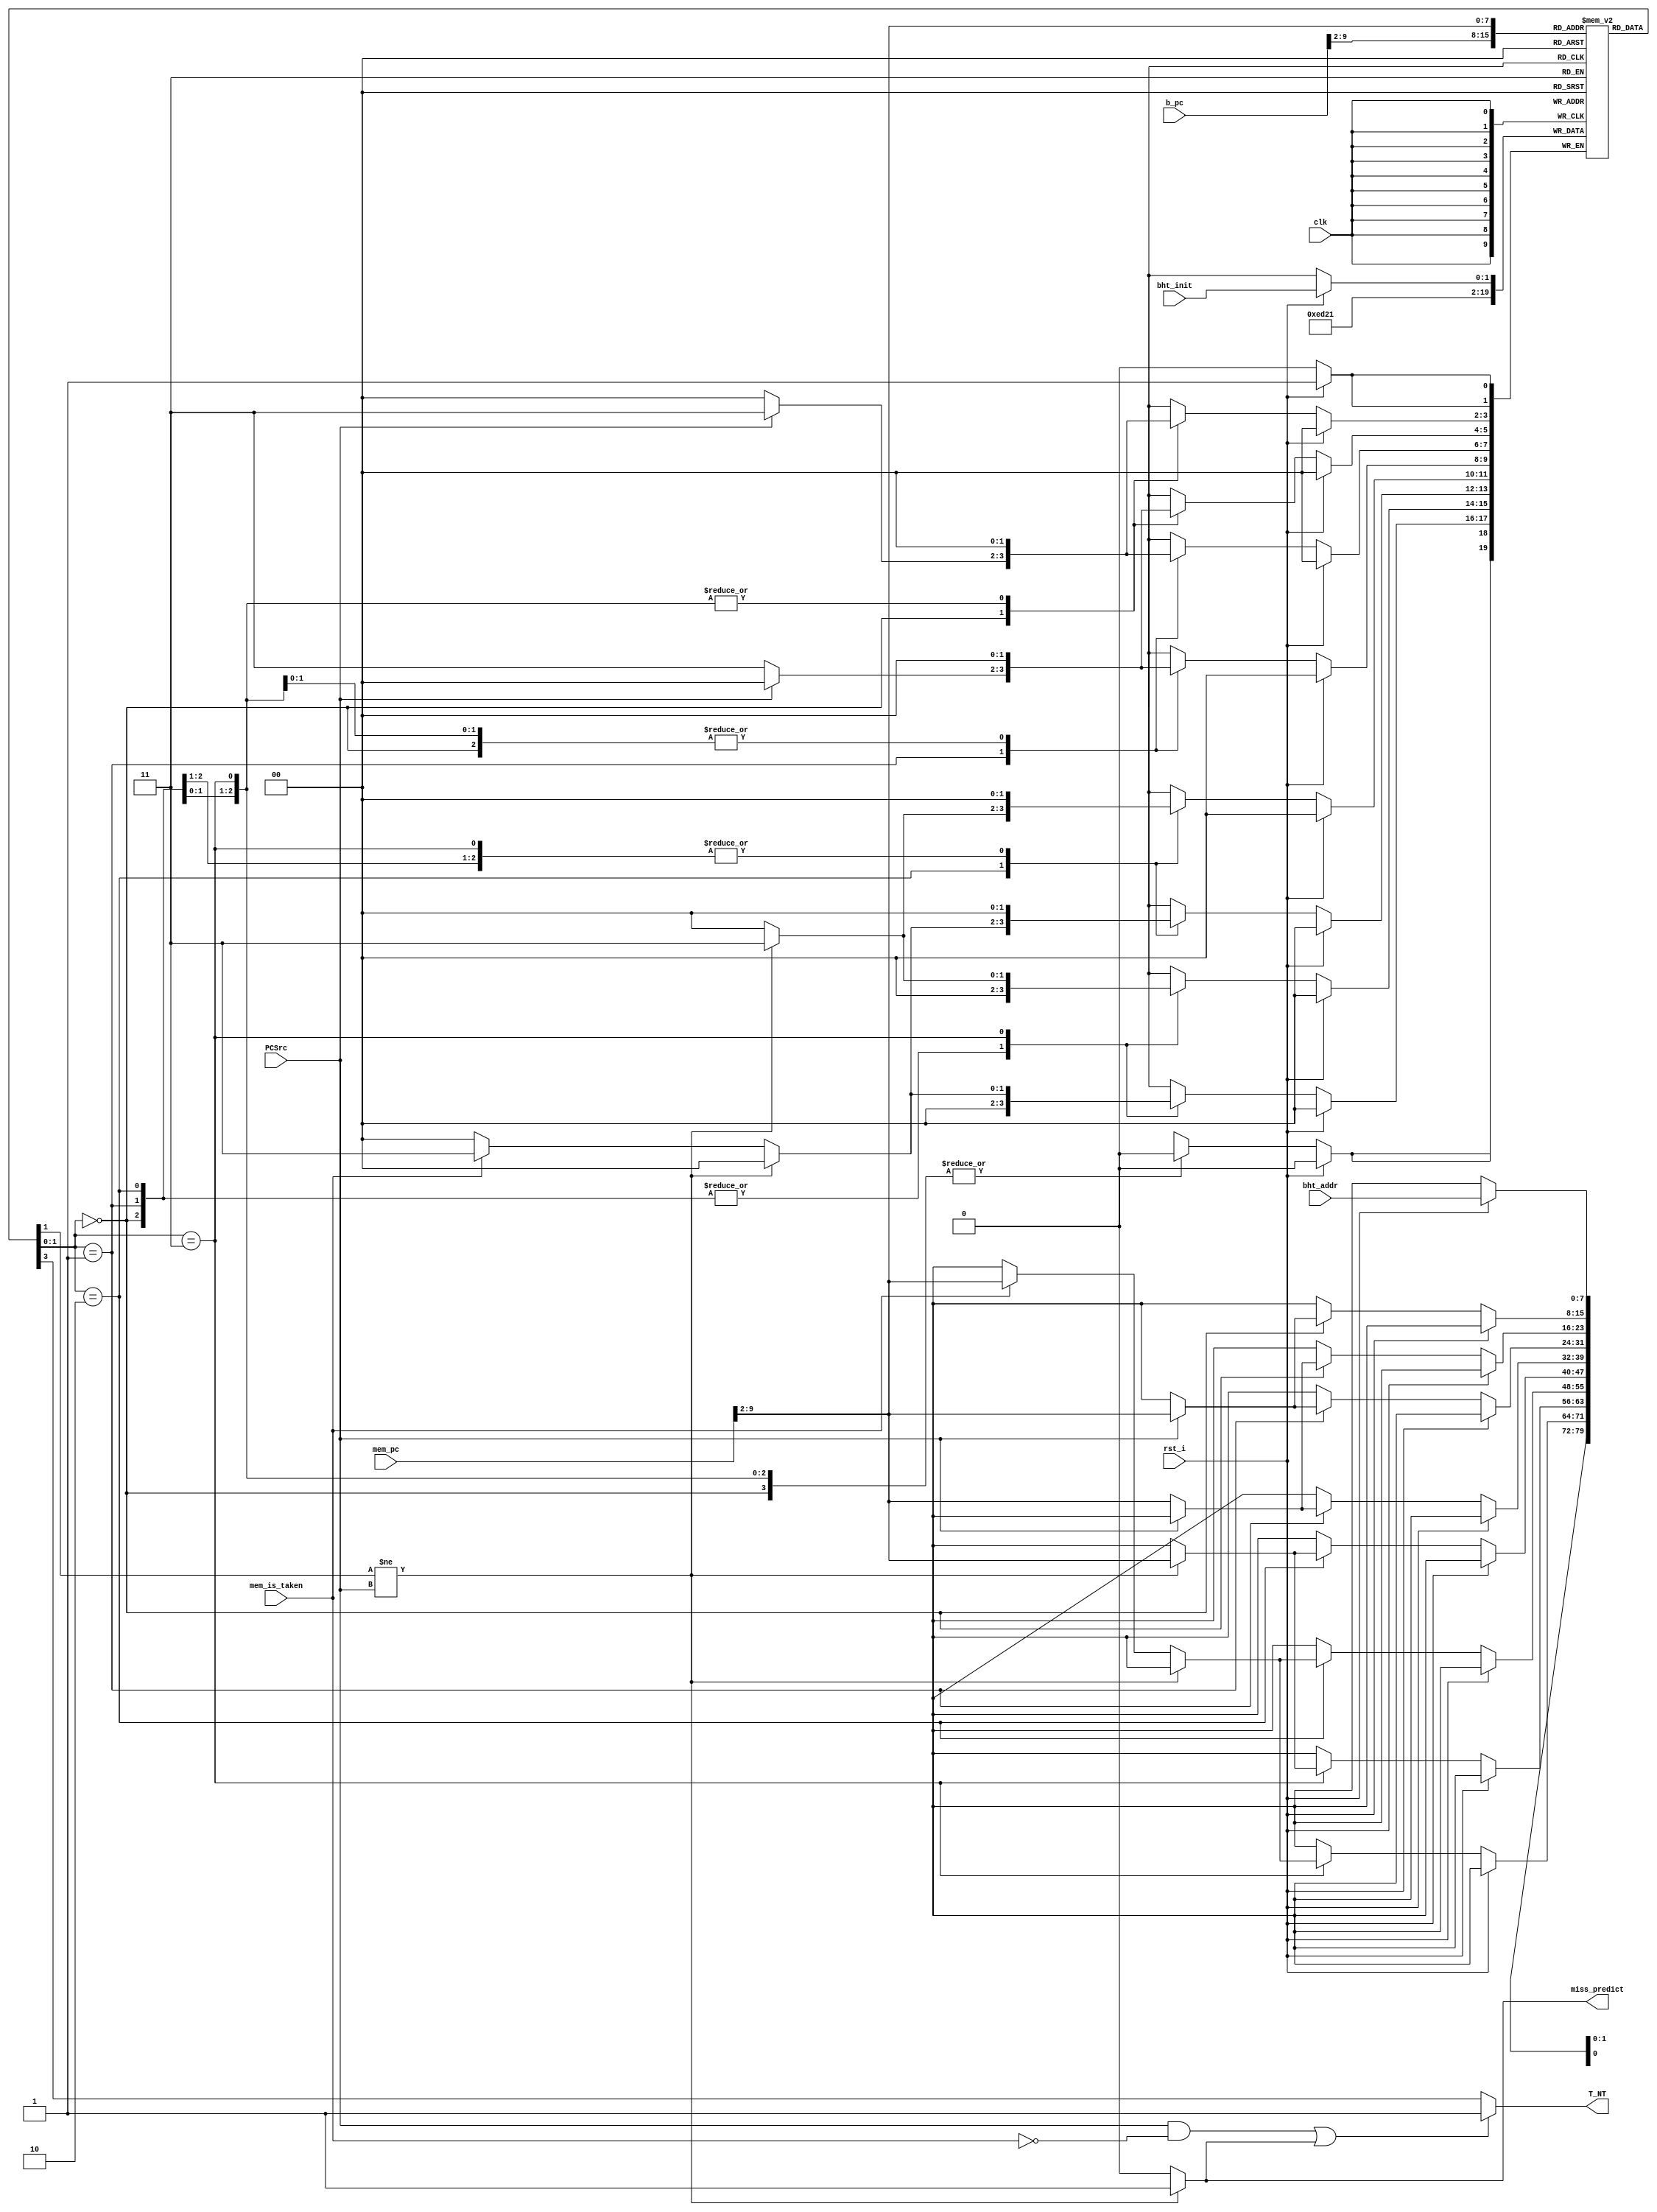
module BHT
#(
    parameter           BHT_SIZE = 256      ,   // BHT Size
    parameter           HISTORY_LENGTH = 2  ,   // Two-bit Branch prediction
    parameter   [1:0]   ST = 2'b11          ,   // Strong Taken
    parameter   [1:0]   wt = 2'b10          ,   // weakly taken
    parameter   [1:0]   wn = 2'b01          ,   // weakly not taken    
    parameter   [1:0]   SN = 2'b00              // Strong Not taken
)
(
    input           clk                     ,
    input           rst_i                   ,
    input   [7:0]   bht_addr                ,
    input   [1:0]   bht_init                ,
    
    input           mem_is_taken            ,   // mem stage에서 가져온 hit
    input           PCSrc                   ,   
    input   [31:0]  b_pc                    ,
    input   [31:0]  mem_pc                  ,

    output          T_NT                    ,   // mux의 select 신호로 들어감, BTB에게 serach를 요구  
    output          miss_predict              
);  

    /***************************************************************/
    wire [1:0] t_state;
    generate
        genvar  idx;
        for (idx = 0; idx < 256; idx = idx+1) begin: history_table
            assign t_state = bht[idx];
        end
    endgenerate

    /***************************************************************/
    reg [HISTORY_LENGTH-1:0] bht [0:BHT_SIZE-1];                // 2차원 벡터를 이용한 BHT memory

    // BHT state machine
    always @(posedge clk)
    begin                                                       
        if (rst_i) begin                                        // BHT reset
            bht[bht_addr] <= bht_init;
        end
        else begin
            // branch 명령어의 결과는 3clk 이후에 결과를 알고 있으므로 mem stage에서의 pc값을 사용
            case (bht[mem_pc[9:2]])                                 
                
                // Not taken state에서는 3clk 이후에 결과가 나오는 PCSrc로만 분기 state 결정 가능 
                SN : begin                                      /*** Strong Not taken ***/
                    if (PCSrc) begin                            // PCSrc = 1 : decided to jump
                        bht[mem_pc[9:2]] <= wn;                 // SN -> wn : weakly not taken
                    end     
                    else begin                                      
                        bht[mem_pc[9:2]] <= SN;                 // SN 유지
                    end
                end

                wn : begin                                      /*** weakly not taken ***/
                    if (PCSrc) begin                            // PCSrc = 1 : decided to jump
                        bht[mem_pc[9:2]] <= wt;                 // wn -> wt : weakly taken
                    end     
                    else begin              
                        bht[mem_pc[9:2]] <= SN;                 // wn -> SN
                    end
                end

                //taken state에서는 mem state의 pc값에 대한 BHT memory의 state를 읽어와 
                //PCSrc와의 일치 여부로 분기 state 결정
                wt : begin                                      /*** weakly not taken ***/
                    if (bht[mem_pc[9:2]][1] != PCSrc) begin     // PCSrc와 분기 예측이 다름 
                        bht[mem_pc[9:2]] <= wn;                 // wt -> wn, prediction miss    
                    end 
                    else if (mem_is_taken) begin                 
                        bht[mem_pc[9:2]] <= ST;                 // wt -> ST
                    end
                end

                ST : begin                                      /*** Strong Not taken ***/
                    if (bht[mem_pc[9:2]][1] != PCSrc) begin     // PCSrc와 분기 예측이 다름       
                        bht[mem_pc[9:2]] <= wt;                 // ST -> wt, prediction mistake
                    end
                    else if (mem_is_taken) begin
                        bht[mem_pc[9:2]] <= ST;                 // ST 유지
                    end
                end

                default : bht[mem_pc[9:2]] = 2'b0;
            endcase
        end
    end 

    /* miss prediction decision */
    reg miss_predict_r;
    always @ (mem_pc or PCSrc) begin
        miss_predict_r = 1'b0;                                  // To prevent latch
        if (bht[mem_pc[9:2]][1] != PCSrc) begin                 // bht 상태와 PCSrc와 다름
            miss_predict_r = 1'b1;                              // -> miss predict   
        end
    end
    assign miss_predict = miss_predict_r;

    // 예측 결과 출력
    // ((PCSrc && !mem_is_taken) || miss_predict) 가 만족하면 우선적으로 jump
    // 그렇지 않으면 bht memory의 값을 통해 jump 결정
    assign T_NT = ((PCSrc && !mem_is_taken) || miss_predict) ? 1'b1 : bht[b_pc[9:2]][1];

endmodule